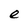
Character: e